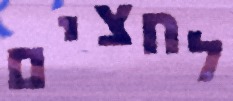
לחצים